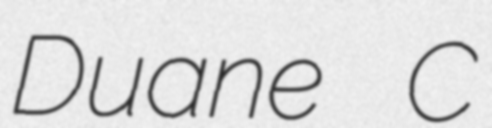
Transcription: Duane C